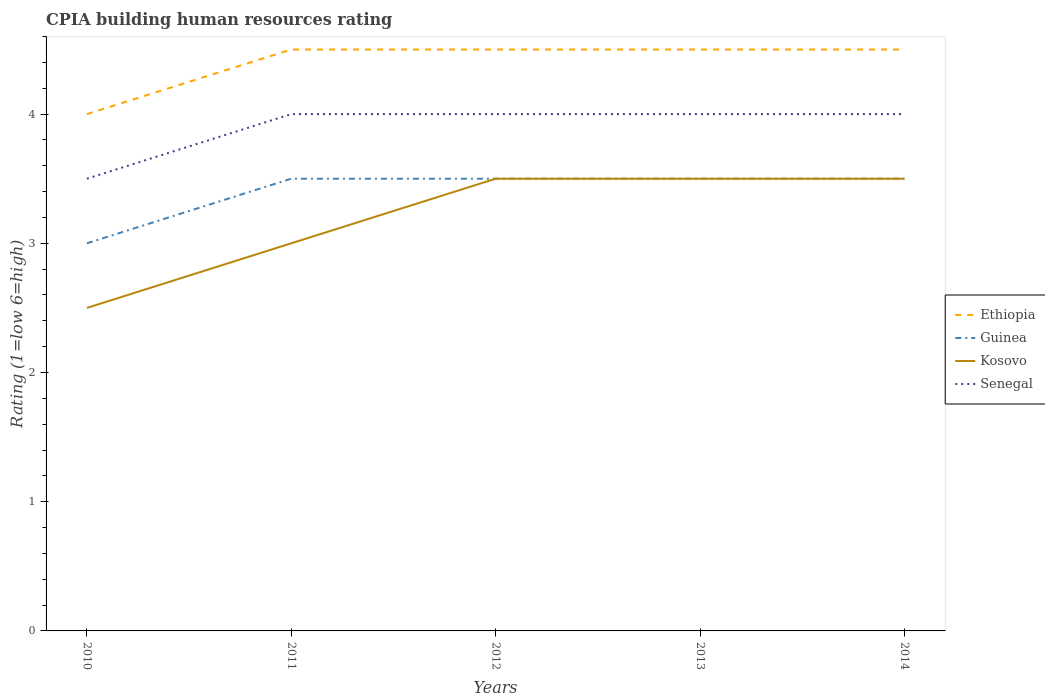
| Years | Ethiopia | Guinea | Kosovo | Senegal |
 | --- | --- | --- | --- | --- |
 | 2010 | 4 | 3 | 2.5 | 3.5 |
 | 2011 | 4.5 | 3.5 | 3 | 4 |
 | 2012 | 4.5 | 3.5 | 3.5 | 4 |
 | 2013 | 4.5 | 3.5 | 3.5 | 4 |
 | 2014 | 4.5 | 3.5 | 3.5 | 4 |